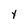
Character: y